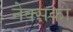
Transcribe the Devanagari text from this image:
नेक्सको